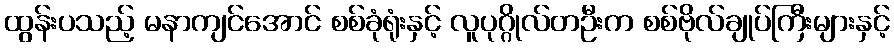
ထွန်းပသည့် မနာကျင်အောင် စစ်ခုံရုံးနှင့် လူပုဂ္ဂိုလ်တဦးက စစ်ဗိုလ်ချုပ်ကြီးများနှင့်